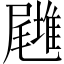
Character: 𡳪